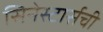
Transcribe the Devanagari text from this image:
सिनेस्टार्सची